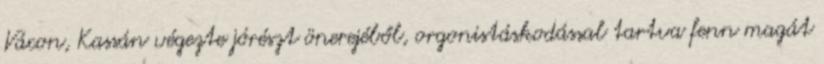
Vácon, Kassán végezte jórészt önerejéből, orgonistáskodással tartva fenn magát